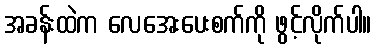
အခန်းထဲက လေအေးပေးစက်ကို ဖွင့်လိုက်ပါ။